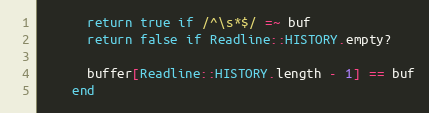
Language: Ruby
      return true if /^\s*$/ =~ buf
      return false if Readline::HISTORY.empty?

      buffer[Readline::HISTORY.length - 1] == buf
    end